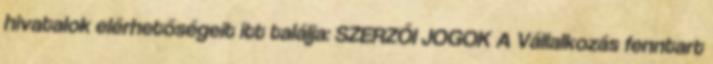
hivatalok elérhetőségeit itt találja: SZERZŐI JOGOK A Vállalkozás fenntart